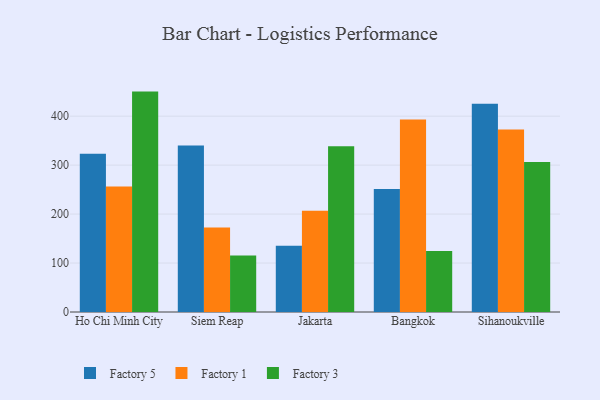
{"axis": {"x": "City", "y": "Humidity (%)"}, "legend": ["Factory 1", "Factory 3", "Factory 5"], "data": [{"x": "Ho Chi Minh City", "y": 323.5, "type": "Factory 5"}, {"x": "Ho Chi Minh City", "y": 256.6, "type": "Factory 1"}, {"x": "Ho Chi Minh City", "y": 450.2, "type": "Factory 3"}, {"x": "Siem Reap", "y": 340.1, "type": "Factory 5"}, {"x": "Siem Reap", "y": 172.4, "type": "Factory 1"}, {"x": "Siem Reap", "y": 115.5, "type": "Factory 3"}, {"x": "Jakarta", "y": 135.1, "type": "Factory 5"}, {"x": "Jakarta", "y": 207.0, "type": "Factory 1"}, {"x": "Jakarta", "y": 338.4, "type": "Factory 3"}, {"x": "Bangkok", "y": 251.1, "type": "Factory 5"}, {"x": "Bangkok", "y": 393.0, "type": "Factory 1"}, {"x": "Bangkok", "y": 124.6, "type": "Factory 3"}, {"x": "Sihanoukville", "y": 425.3, "type": "Factory 5"}, {"x": "Sihanoukville", "y": 372.9, "type": "Factory 1"}, {"x": "Sihanoukville", "y": 306.6, "type": "Factory 3"}]}